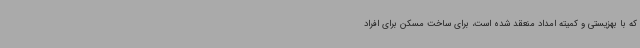
که با بهزیستی و کمیته امداد منعقد شده است، برای ساخت مسکن برای افراد